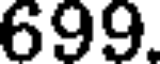
699.